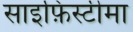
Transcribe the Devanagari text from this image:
साइफ़िस्टीमा